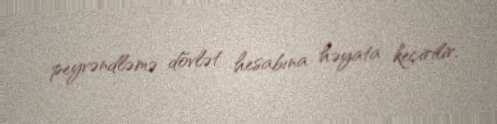
peyvəndləmə dövlət hesabına həyata keçirilir.